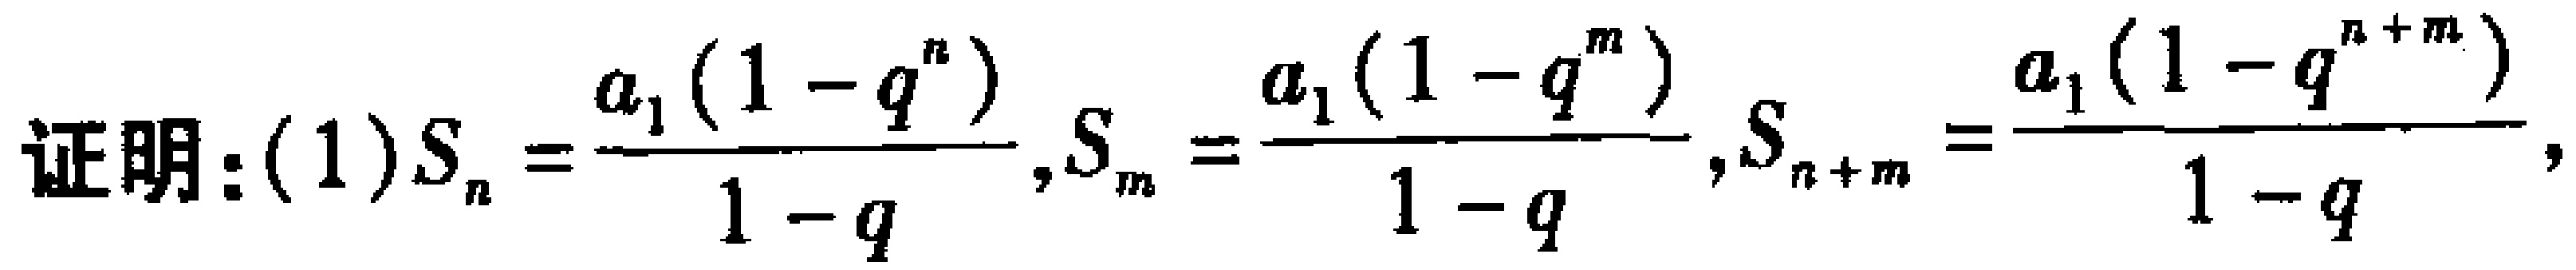
证明：(1)$S_{n}=\frac{a_{1}(1 - q^{n})}{1 - q},S_{m}=\frac{a_{1}(1 - q^{m})}{1 - q},S_{n + m}=\frac{a_{1}(1 - q^{n + m})}{1 - q},$